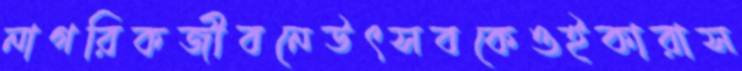
নাগরিকজীবনেউৎসবকেওইকারাস